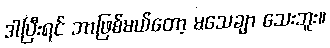
ဒါပြီးရင် ဘာဖြစ်မယ်တော့ မသေချာ သေးဘူး။